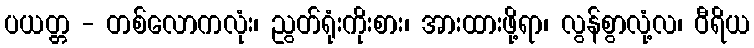
ပယတ္တ - တစ်လောကလုံး၊ ညွတ်ရုံးကိုးစား၊ အားထားဖို့ရာ၊ လွန်စွာလုံ့လ၊ ဝီရိယ